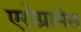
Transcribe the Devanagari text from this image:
एरोग्रामेस